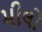
મીલો